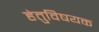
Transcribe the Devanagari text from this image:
हेतुविषयक